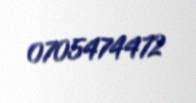
0705474472